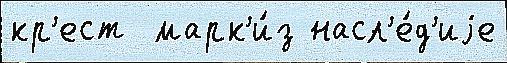
кр'ест  марк'и́з насл'е́д'иjе